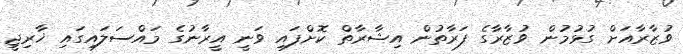
ވުޒާރާއަށް ގުޅުމުން ވުޒާރާގެ ފަރާތުން އިޝާރާތް ކޮށްފައި ވަނީ އީރާނުގެ މައްސަލައިގައި ޚާރިޖީ